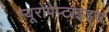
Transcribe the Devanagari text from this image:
म्यूरोपेप्टाइड्स